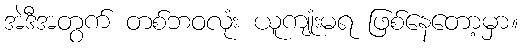
အဲဒီအတွက် တစ်ဘဝလုံး ယူကျုံးမရ ဖြစ်နေတော့မှာ။